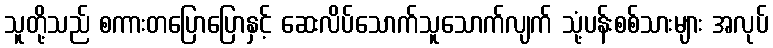
သူတို့သည် စကားတပြောပြောနှင့် ဆေးလိပ်သောက်သူသောက်လျက် သုံ့ပန်းစစ်သားများ အလုပ်